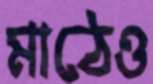
মাঠেও